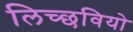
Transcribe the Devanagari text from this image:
लिच्छवियो